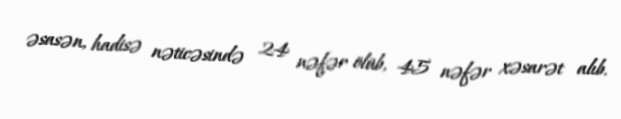
əsasən, hadisə nəticəsində 24 nəfər ölüb, 45 nəfər xəsarət alıb.